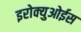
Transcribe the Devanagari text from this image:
इरोक्युओईस